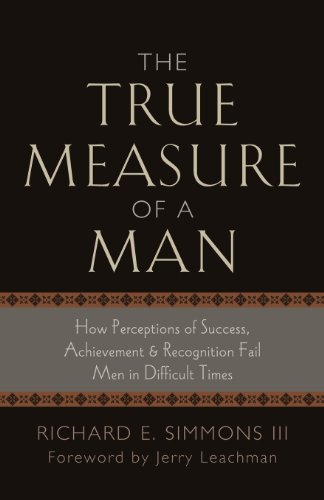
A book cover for The True Measure of a Man (Deluxe Paperback); Richard E. III Simmons; Christian Books & Bibles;